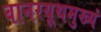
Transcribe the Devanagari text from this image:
वानरयूथमुख्यं